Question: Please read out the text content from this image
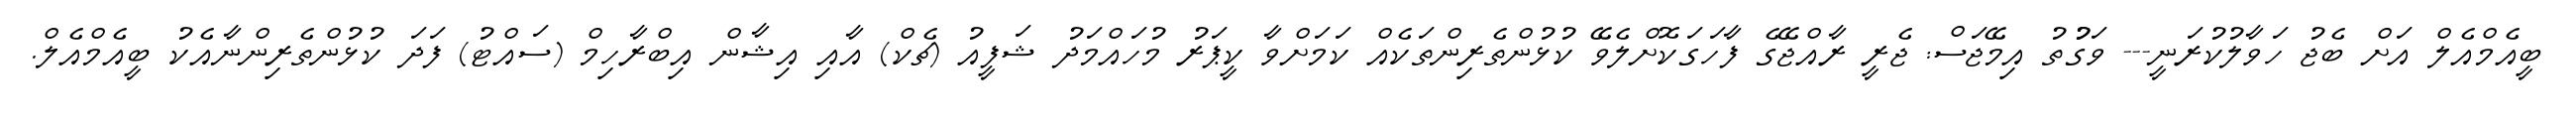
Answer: ބީއެމްއެލް އަށް ބެޖު ހަވާލުކުރަނީ--- ވަގުުތު އިމޭޖަސް: ޖެރީ ރާއްޖޭގެ ފާހަގަކޮށްލެވޭ ކުޅުންތެރިންތަކެއް ކަމަށްވާ ކީޕަރު މުހައްމަދު ޝަފީއު (ޗެކް) އާއި އިޝާން އިބްރާހިމް (ސައްޓު) ފަދަ ކުޅުންތެރިންނާއެކު ބީއެމްއެލް.